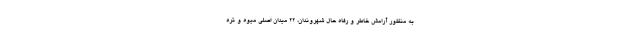
به منظور آرامش خاطر و رفاه حال شهروندان، 22 میدان اصلی میوه و تره